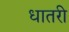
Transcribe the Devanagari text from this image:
धातरी